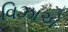
વિઝાએ